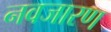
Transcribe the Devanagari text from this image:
नवजारण